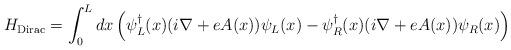
LaTeX: \begin{align*}H_{\rm Dirac}=\int_0^L dx\left(\psi^{\dagger}_L(x)(i\nabla+eA(x))\psi_L(x)-\psi_R^{\dagger}(x)(i\nabla+eA(x))\psi_R(x)\right)\end{align*}